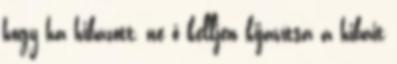
hogy ha hibázott, ne ő kelljen kijavítsa a hibáit